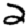
Digit: 2